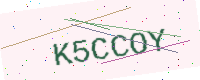
Text: K5CCOY